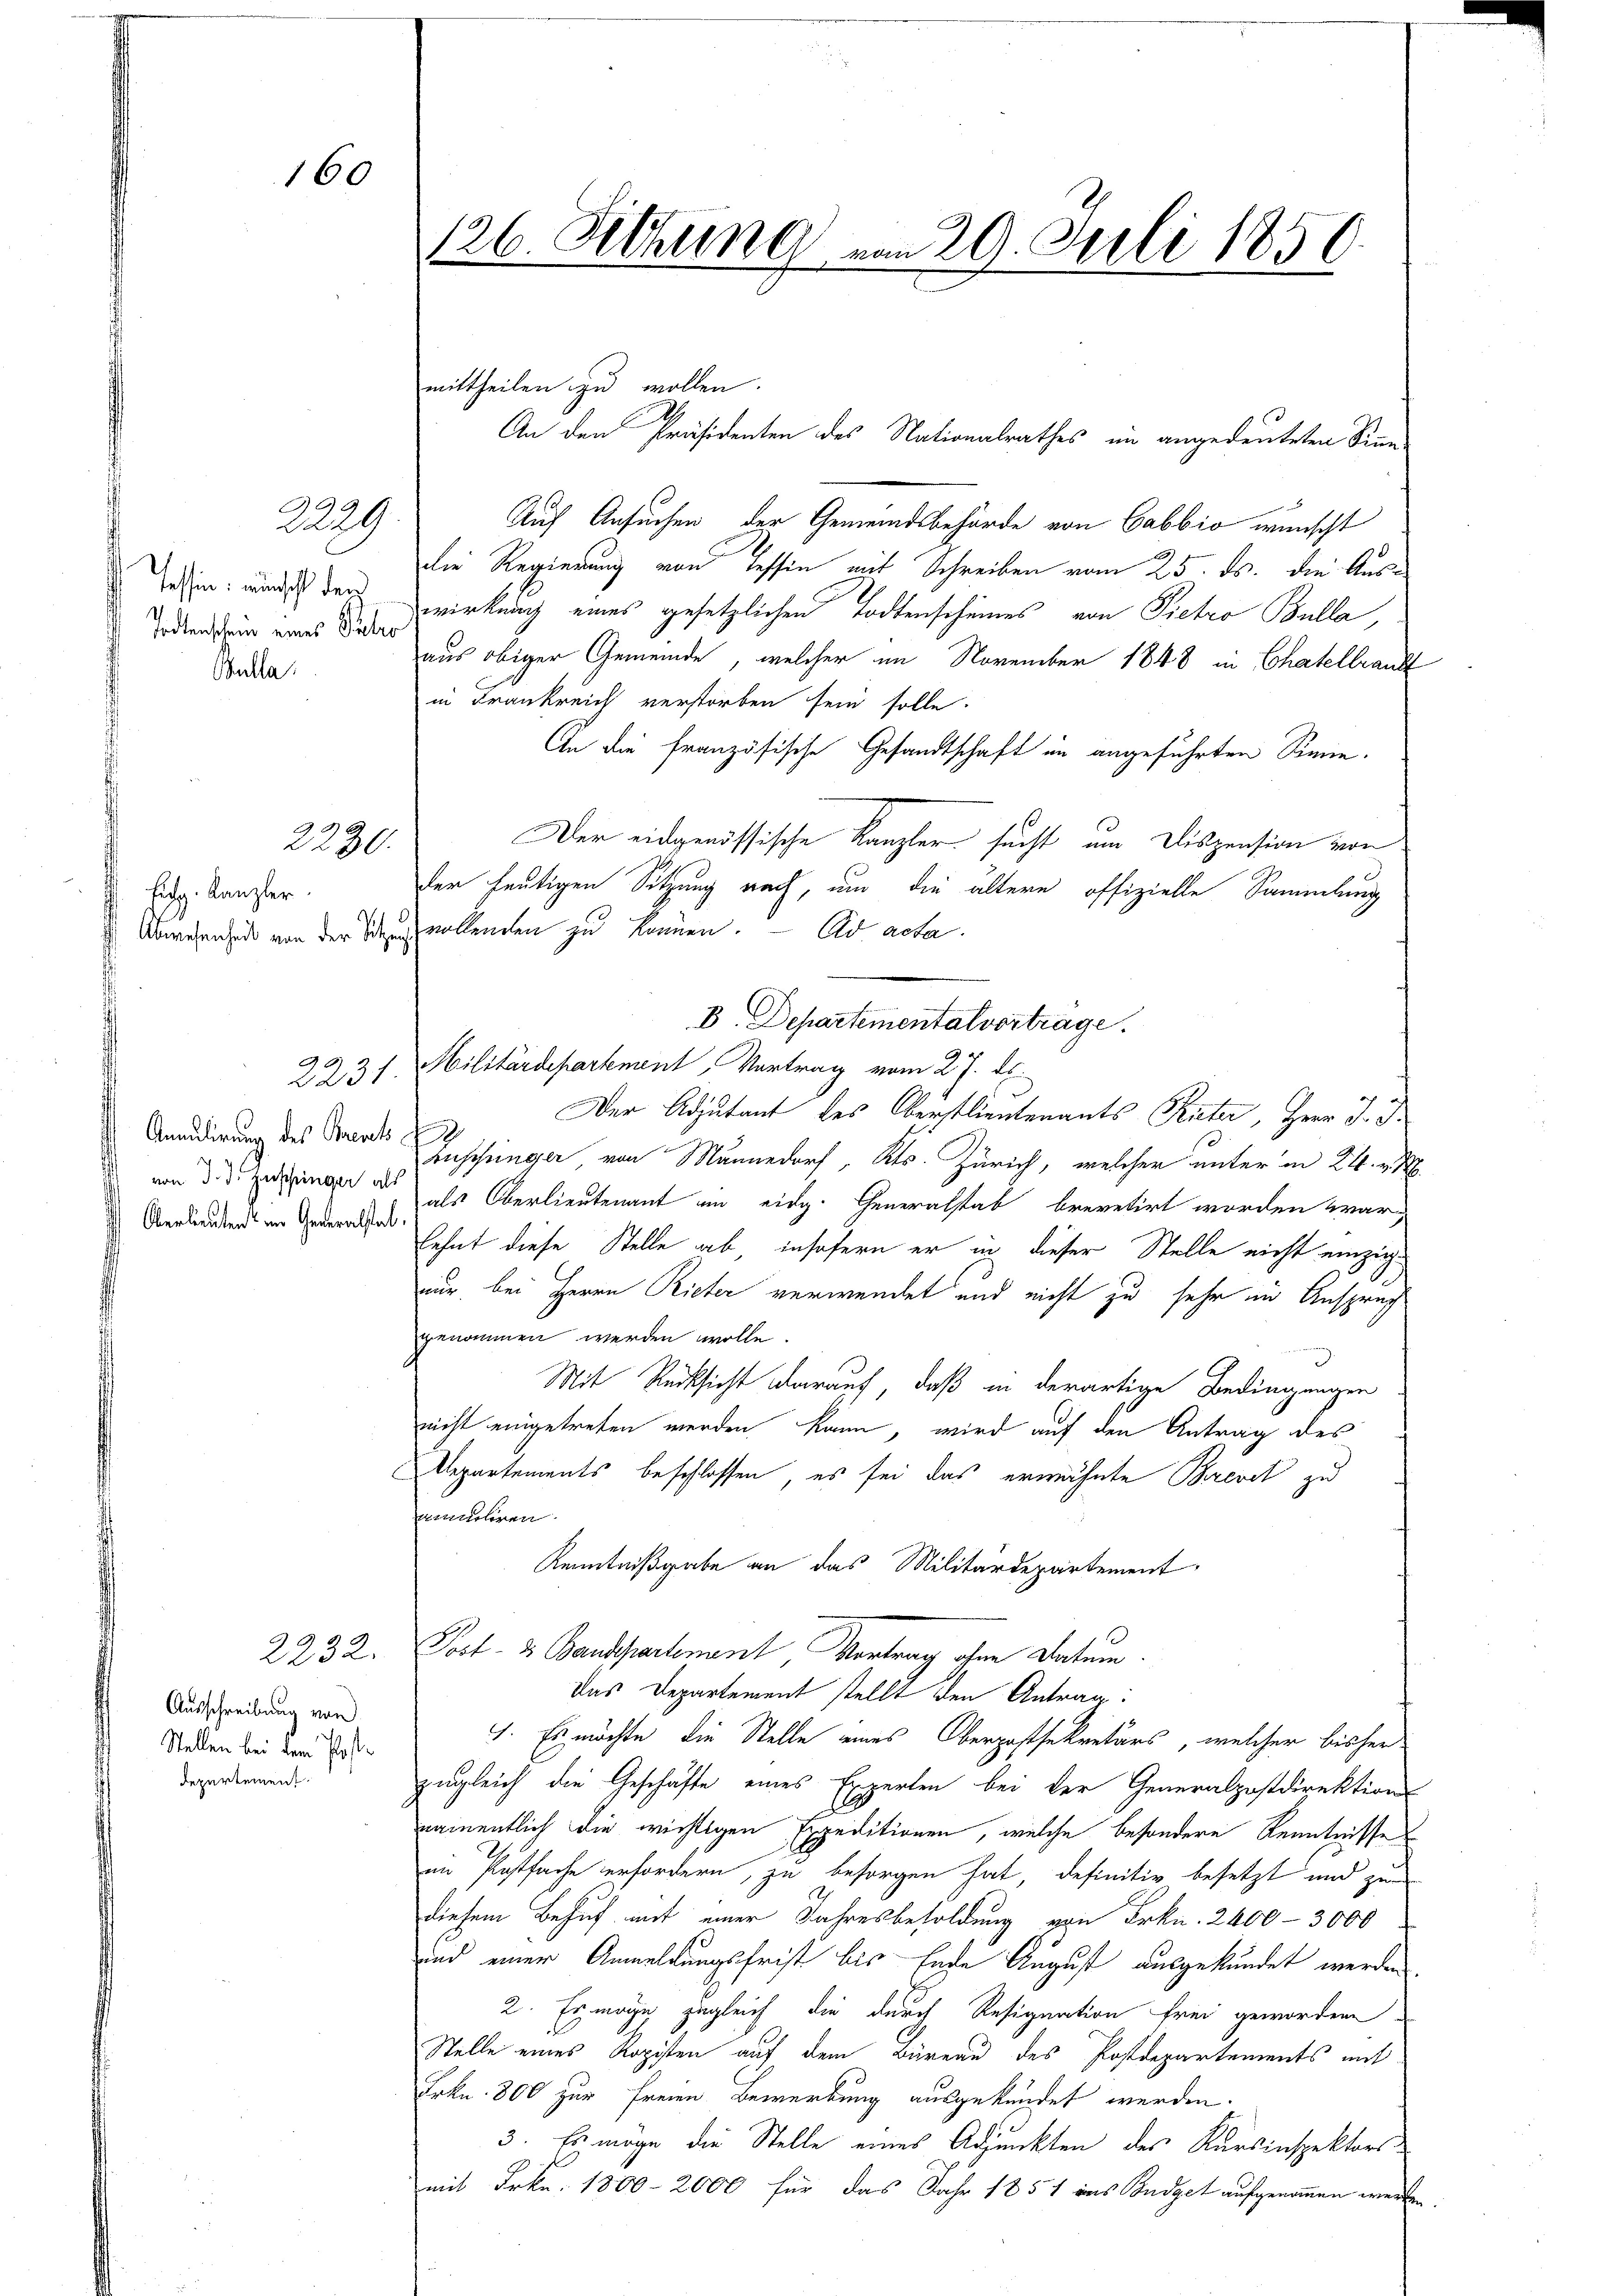
2229

Annulirung des Brents

160

Tessin, wünscht den
Todtenschein eines Patro
Bulla

2230.

f Joh. Kanzler

2231.

Ausschreibung von
Stellen bei dem Postdepartement

mittheilen zu wollen.
Auf Ansuchen der Gemeindsbehörde von Cabbio wünscht
Die Regierung von Tessin mit Schreiben vom 25. ds. die Auswirkung eines gesetzlichen Todtenscheines von Pietro Bulla,
aus obiger Gemeinde, welcher im November 1848 in Chatellraud
in Frankreich verstorben sein solle.
An die französische Gesandtschaft in angeführten Sinne.
Der eidgenössische Kanzler sucht um Dispension vor
der heutigen Sitzung nach, um die ältern offizielle Sammlung
 Abwesenheit von der Sitzung erkenden zu können. — Ad acta.
B. Departementalvertrage.
Militärdepartement, Vortrag vom 27. ds.
Der Adjutant des Oberstlieutenants Rieter, Herr J. J.
2
Buschunger, von Männedorf, Kts. Zürich, welcher unter in 24. v. M.
 d. d. Zudringer als als Oberlieutenant um eidg. Generalstab, brevetirt worden war,
Verlauben in Gedanken hat diese Stelle ab, insofern er in dieser Stelle nicht einzignur, bei Herrn Rieter verwendet und nicht zu sehr in Anspruch
genommen werden wolle.
Mit Rücksicht darauf, daß in derartige Bedingungen
nicht eingetreten werden kann, wird auf den Antrag des
Departements beschlossen, es sei das erwähnte Brevet zu
amuhren
Kenntnißgabe an das Militärdepartement
2232. Post- & Bandpartenant, Vortrag ohne Datum.
Das Departement stellt den Antrag:
I. Es möchte, die Stelle eines Obergassekretärs, welcher bisher
zugleich die Geschäfte eines Experten bei der Generalpostdirektions
namentlich die wichtigen Expeditionen, welche besondere Kenntnisse
in Postfache erfordern, zu besorgen hat, definitiv besetzt und zu
diesem Behuf mit einer Jahresbesoldung von Frkn. 2400 - 3000
und einer Anmeldungsfrist bis Ende August ausgekündet werden
2. Es möge zugleich die durch Resignation frei gewordene
Stelle eines Ropisten auf dem Büreau des Postdepartements mit
Frkn. 800 zur freien Bewerbung ausgekündet werden.
3. Es möge die Stelle eines Adjunkten des Kursinspektorsmit Frkn. 1800-2000 für das Jahr 1851 aus Budget aufgenommen werden

126. Sitzung vom 29. Juli 1850.

An den Präsidenten des Nationalrathes im angedeuteten Sinn¬